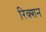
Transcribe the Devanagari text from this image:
रिक्शन